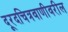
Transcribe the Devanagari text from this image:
दूरदचित्रवाणीवरील